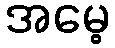
အမေ့